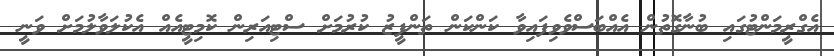
އެގްރީމަންޓުގައި ބުނާގޮތުން އެއްބަސްވެވިފައިވާ ކަންކަން ތަންފީޒު ކުރުމަށް ސްޓިއަރިން ކޮމިޓީއެއް އެކުލަވާލުމަށް ވަނީ